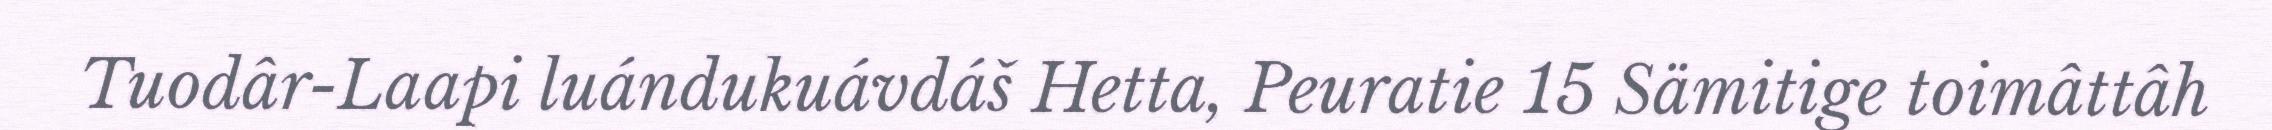
Tuodâr-Laapi luándukuávdáš Hetta, Peuratie 15 Sämitige toimâttâh